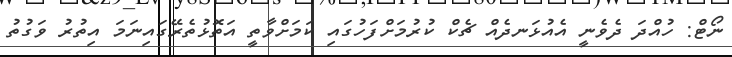
ނޯޓް: ހުއްދަ ދެވެނީ އެއުޅަނދެއް ޗެކް ކުރުމަށްފަހުގައި ކަމަށްވާތީ އަތޮޅުތެރޭގައިނަމަ އިތުރު ވަގުތު